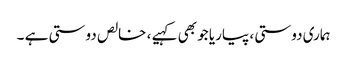
ہماری دوستی ، پیاریا جو بھی کہیے ، خالص دوستی ہے ۔